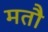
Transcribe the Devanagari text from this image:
मतौ